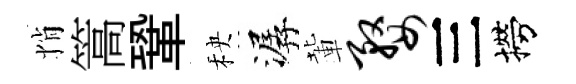
悄篙鞏秧潺輩婺三撈